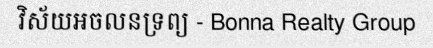
វិស័យអចលនទ្រព្យ - Bonna Realty Group